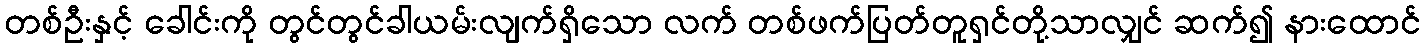
တစ်ဦးနှင့် ခေါင်းကို တွင်တွင်ခါယမ်းလျက်ရှိသော လက် တစ်ဖက်ပြတ်တူရှင်တို့သာလျှင် ဆက်၍ နားထောင်